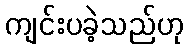
ကျင်းပခဲ့သည်ဟု